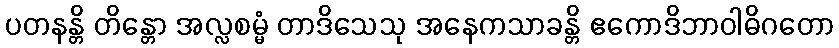
ပတနန္တိ တိန္တော အလ္လစမ္မံ တာဒိသေသု အနေကသာခန္တိ ဧကောဒိဘာဝါဓိဂတော